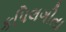
કપિલગીતા